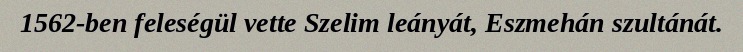
1562-ben feleségül vette Szelim leányát, Eszmehán szultánát.